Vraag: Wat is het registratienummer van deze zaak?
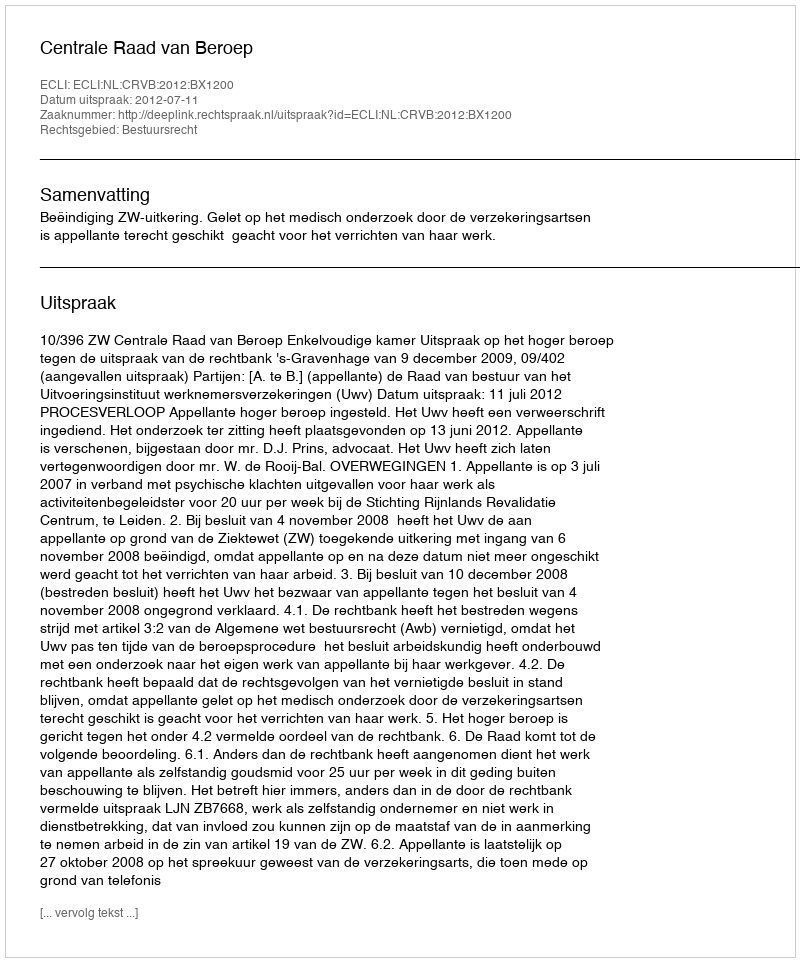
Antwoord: http://deeplink.rechtspraak.nl/uitspraak?id=ECLI:NL:CRVB:2012:BX1200